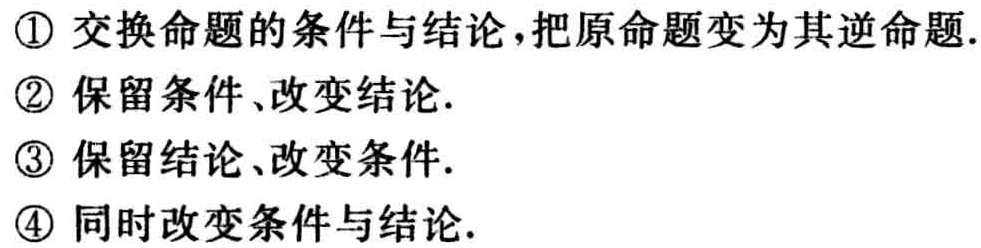
\textcircled{1} 交换命题的条件与结论,把原命题变为其逆命题.

\textcircled{2} 保留条件、改变结论.

\textcircled{3} 保留结论、改变条件.

\textcircled{4} 同时改变条件与结论.